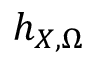
h _ { X , \Omega }